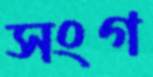
সংগ